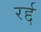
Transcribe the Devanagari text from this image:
रर्द्द